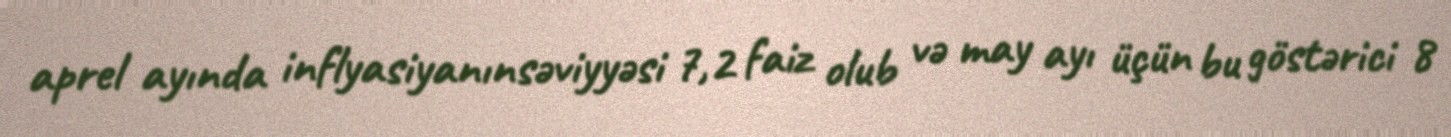
aprel ayında inflyasiyanınsəviyyəsi 7,2 faiz olub və may ayı üçün bu göstərici 8